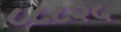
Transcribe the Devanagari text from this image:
८८८२५